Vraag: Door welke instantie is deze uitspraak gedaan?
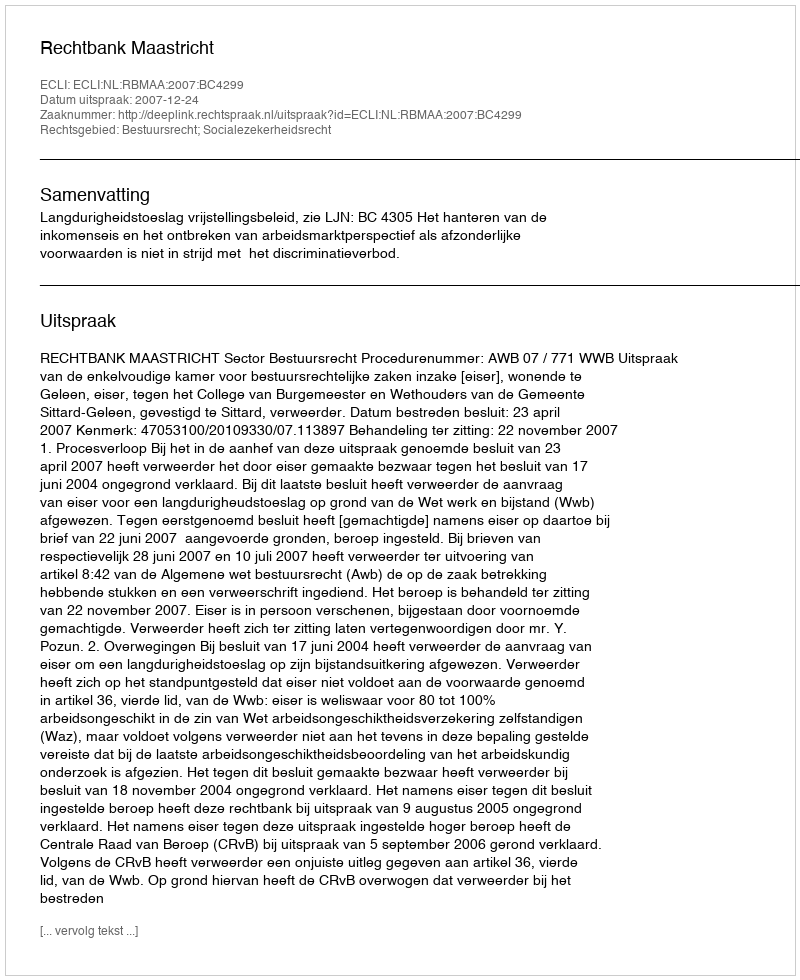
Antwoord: Rechtbank Maastricht